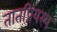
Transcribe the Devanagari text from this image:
तातप्रियस्य